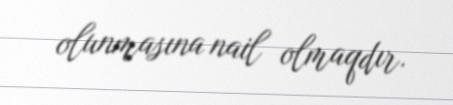
olunmasına nail olmaqdır.